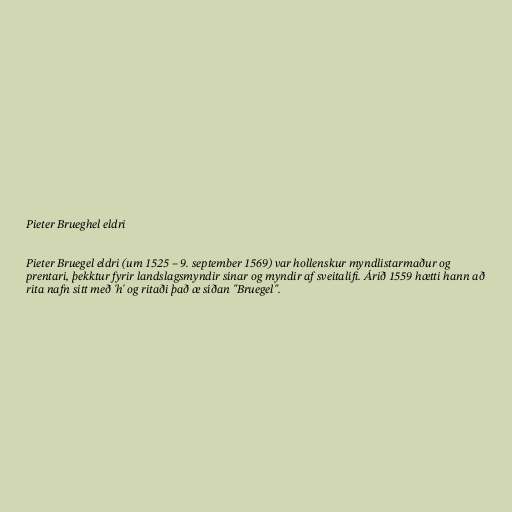
Pieter Brueghel eldri

Pieter Bruegel eldri (um 1525 – 9. september 1569) var hollenskur myndlistarmaður og
prentari, þekktur fyrir landslagsmyndir sínar og myndir af sveitalífi. Árið 1559 hætti hann að
rita nafn sitt með 'h' og ritaði það æ síðan "Bruegel".